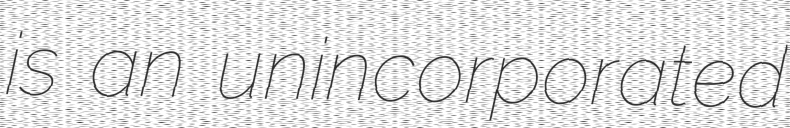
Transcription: is an unincorporated